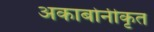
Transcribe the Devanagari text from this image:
अकाबोनीकृत